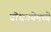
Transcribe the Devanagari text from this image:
बोधगयेमध्ये